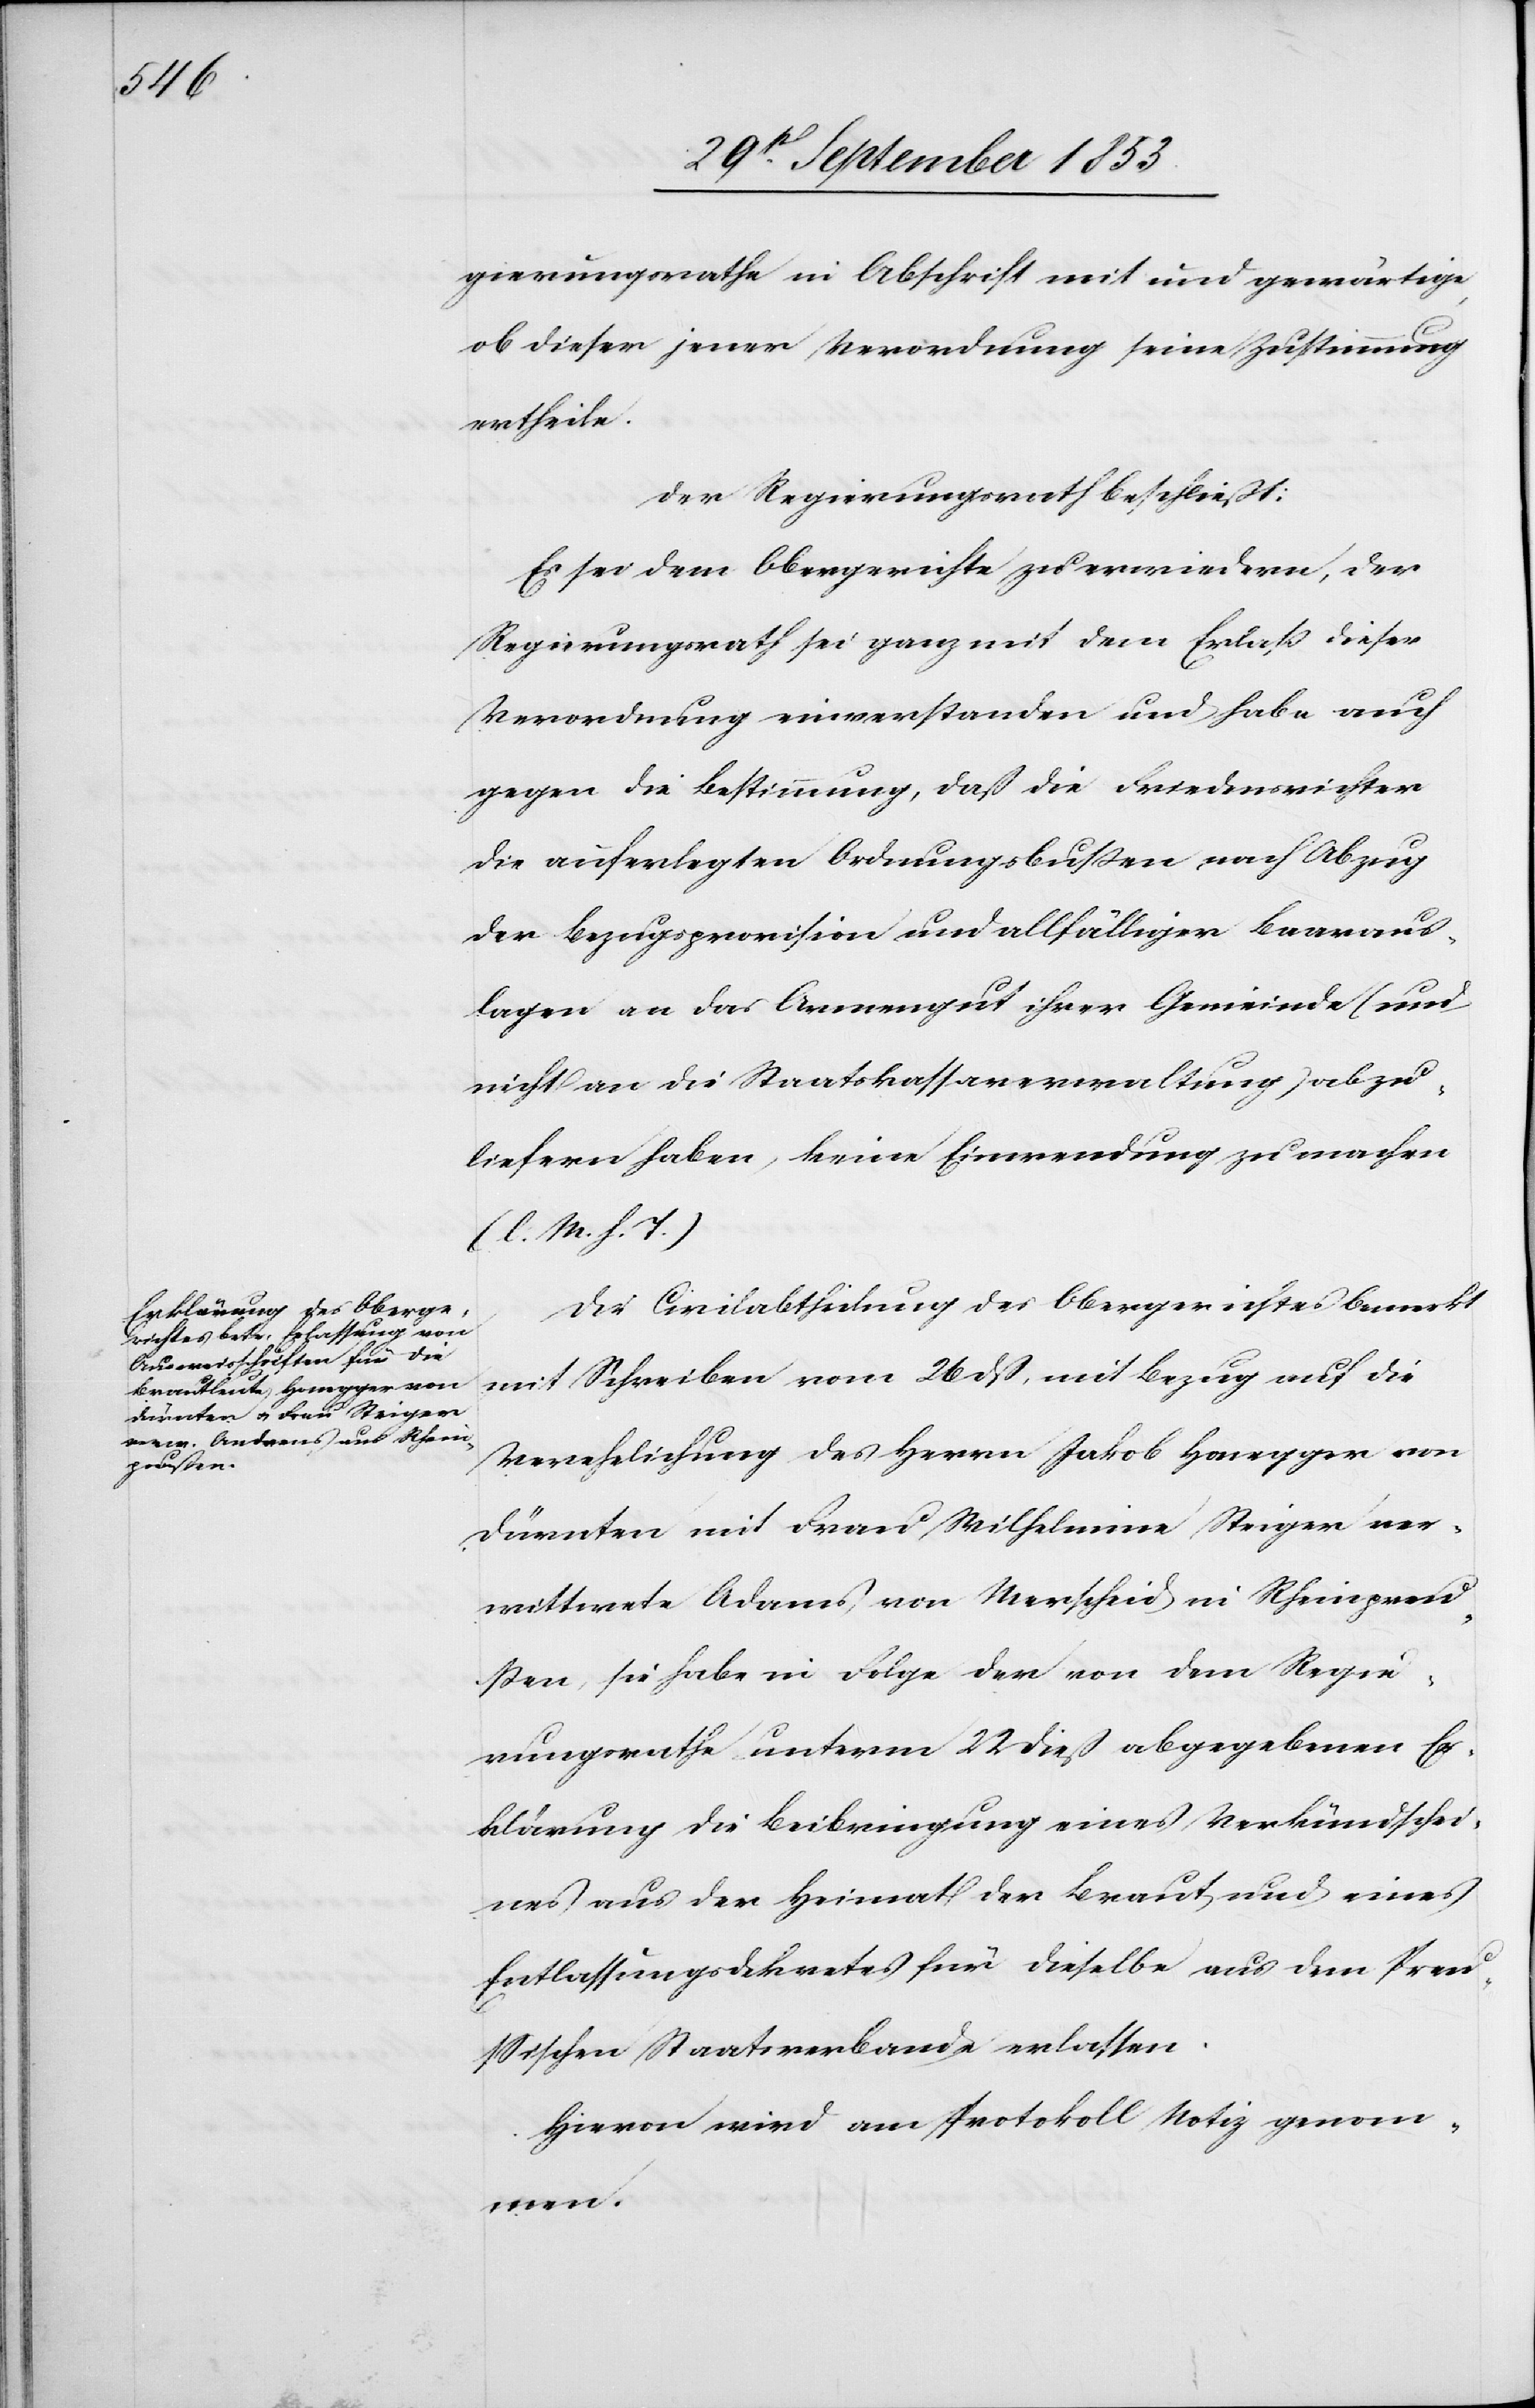
gierungsrathe in Abschrift mit und gewärtige,
ob dieser jener Verordnung seine Zustimmung
ertheile.
Der Regierungsrath beschließt:
Es sei dem Obergerichte zu erwiedern, der
Regierungsrath sei ganz mit dem Erlaß dieser
Verordnung einverstanden und habe auch
gegen die Bestimmung, daß die Friedensrichter
die auferlegten Ordnungsbußen nach Abzug
der Bezugsrevision und allfälligen Baaraus¬
lagen an das Armengut ihrer Gemeinden (und
nicht an die Staatskassaverwaltung) abzu¬
liefern haben, keine Einwendung zu machen.
[l. M. h. T]